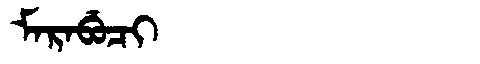
Manchu: ᠮᠠᡵᠠᠪᡠᠴᡳ
Romanization: MARABUCI